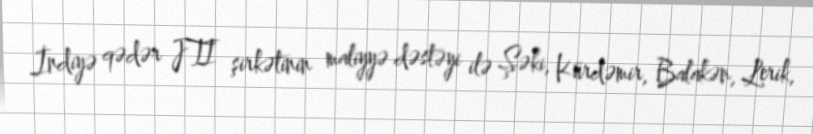
İndiyə qədər JTI şirkətinin maliyyə dəstəyi ilə Şəki, Kürdəmir, Balakən, Lerik,